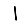
Digit: 1